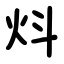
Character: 炓